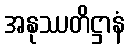
အနုဿတိဋ္ဌာနံ